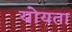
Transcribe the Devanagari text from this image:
योयता